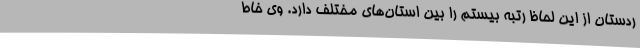
ردستان از این لحاظ رتبه بیستم را بین استان‌های مختلف دارد. وی خاط